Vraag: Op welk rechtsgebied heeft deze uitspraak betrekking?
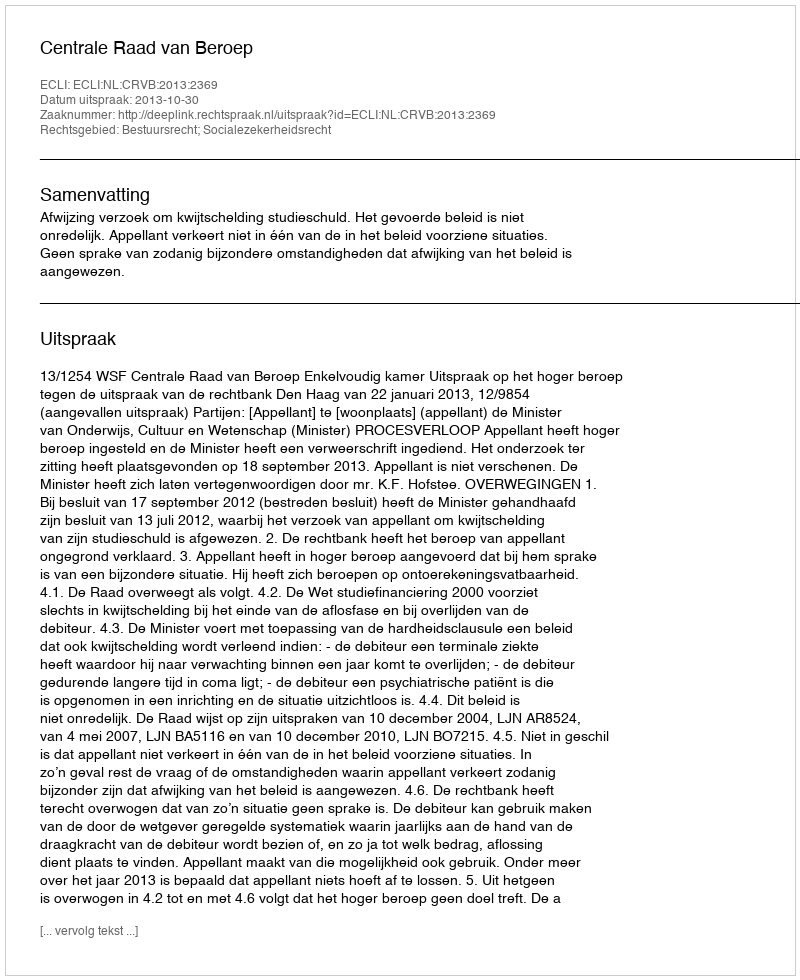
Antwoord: Bestuursrecht; Socialezekerheidsrecht